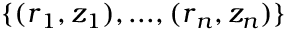
\{ ( \boldsymbol { r } _ { 1 } , z _ { 1 } ) , . . . , ( \boldsymbol { r } _ { n } , z _ { n } ) \}